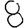
Digit: 8